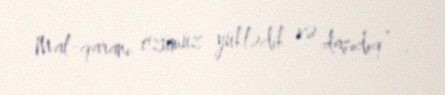
Mal-qaranı özümüz yüklədik və daşıdıq”...